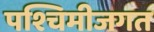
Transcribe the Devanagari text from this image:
पश्चिमीजगत